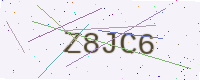
Text: Z8JC6